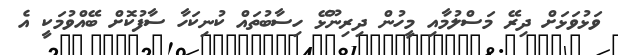
ވަޅުވަޅަށް ދިރޭ މަސްލުމާއި މީހުން ދިރިނޫޅޭ ހިސާބުތައް ކުނިކަހާ ސާފުކޮށް ބޭއްވުމަކީ އެ